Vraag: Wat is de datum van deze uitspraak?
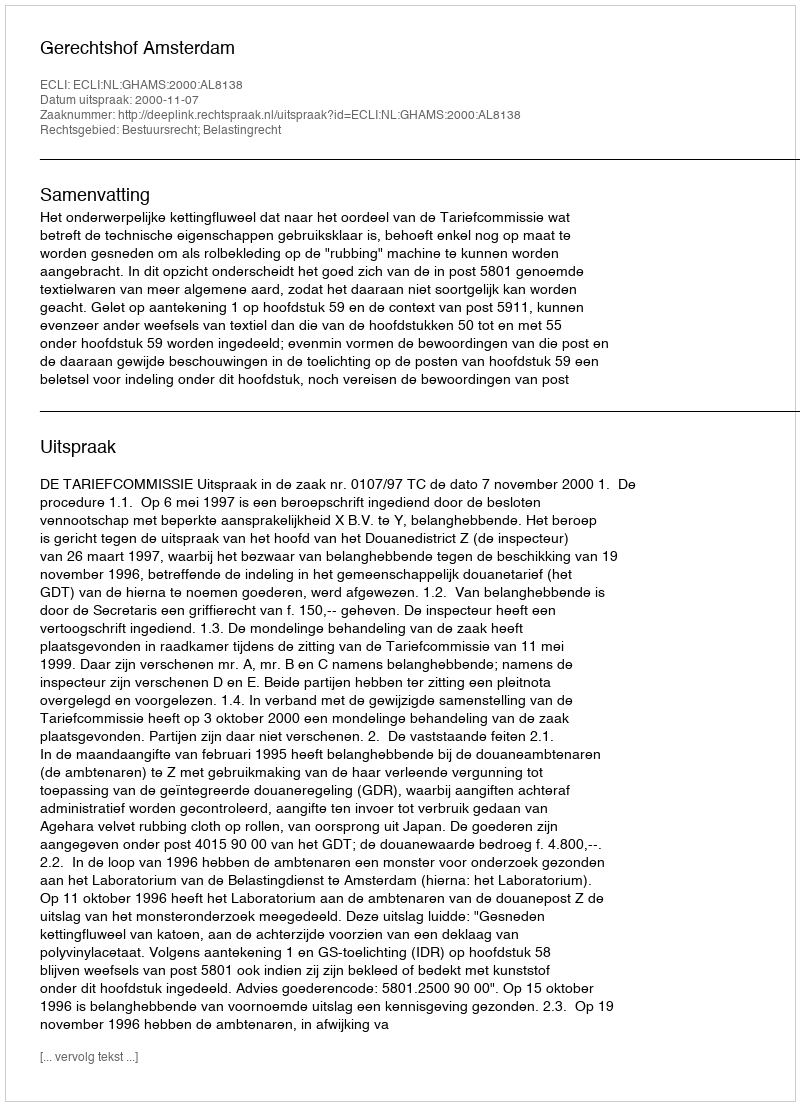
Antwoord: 2000-11-07